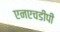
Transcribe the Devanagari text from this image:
एनएचडीपी